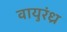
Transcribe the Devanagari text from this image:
वायुरंध्र